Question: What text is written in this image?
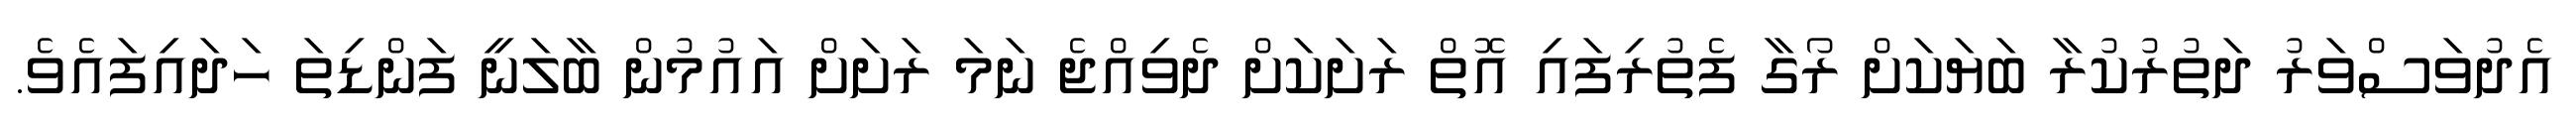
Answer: އެދުވަސްވަރު ދަތުރުކުރާ ބަޔަކަށް ރޯގާ ފެތުރިފައި އޮތް ރަށަކަށް ދެވިއްޖެ ނަމަ ރަށަށް އައުމުން ބާލަނީ ފަންޑިތަ ހަދައިފައެވެ.